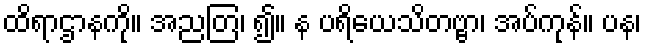
ထိရာဌာနကို။ အညတြ၊ ၍။ န ပရိယေသိတဗ္ဗာ၊ အပ်ကုန်။ ပန၊